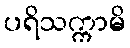
ပရိသက္ကာမိ